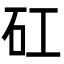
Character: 矼